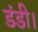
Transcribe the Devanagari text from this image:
डंडी।